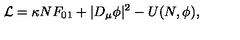
{ \cal L } = \kappa N F _ { 0 1 } + | D _ { \mu } \phi | ^ { 2 } - U ( N , \phi ) ,